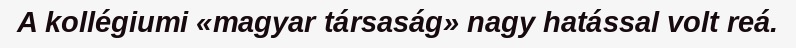
A kollégiumi «magyar társaság» nagy hatással volt reá.